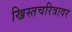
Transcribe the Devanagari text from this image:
ख्रिस्तचरित्रावर